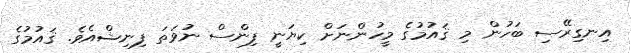
އިނގިރޭސި ބަހުން މި ޤައުމުގެ މީހުންނަށް ކިޔަނީ ފިންސް ނުވަތަ ފިނިޝްއެވެ. ޤައުމުގެ